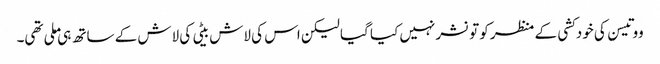
ووتیسن کی خودکشی کے منظر کو تو نشر نہیں کیا گیا لیکن اس کی لاش بیٹی کی لاش کے ساتھ ہی ملی تھی۔